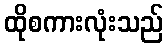
ထိုစကားလုံးသည်